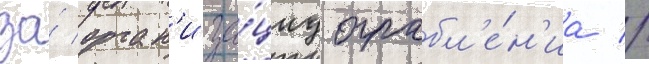
за́ орган'иза́циу ограбл'е́н'иа //